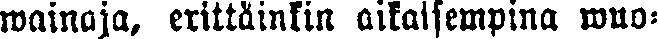
wainaja, erittäinkin aikaisempina wuo-